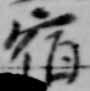
宿